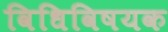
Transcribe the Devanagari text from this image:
विधिविषयक